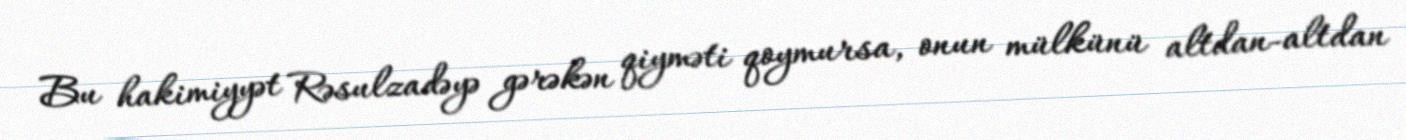
Bu hakimiyyət Rəsulzadəyə gərəkən qiyməti qoymursa, onun mülkünü altdan-altdan